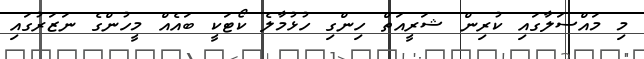
މި މައްސަލާގައި ކުރިން ޝަރީއަތް ހިންގި ހުޅުމާލެ ކޯޓަކީ ބައެއް މީހުންގެ ނަޒަރުގައި